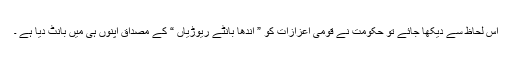
اس لحاظ سے دیکھا جائے تو حکومت نے قومی اعزازات کو ” اندھا بانٹے ریوڑیاں “ کے مصداق اپنوں ہی میں بانٹ دیا ہے ۔